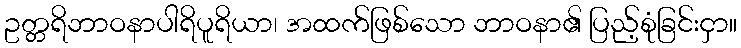
ဥတ္တရိဘာဝနာပါရိပူရိယာ၊ အထက်ဖြစ်သော ဘာဝနာ၏ ပြည့်စုံခြင်းငှာ။